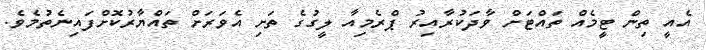
އެއީ ތިން ޓީމެއް ތައްޓަށް ވާދަކުރާއިރު ޕްރެމިއާ ލީގުގެ ތަށި އެވަރަށް ތައްޔާރުކޮށްފައިނެތުމެވެ.